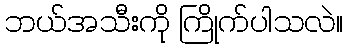
ဘယ်အသီးကို ကြိုက်ပါသလဲ။